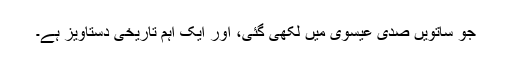
جو ساتویں صدی عیسوی میں لکھی گئی، اور ایک اہم تاریخی دستاویز ہے۔